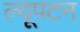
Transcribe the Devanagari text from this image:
ल्यूपटन